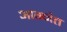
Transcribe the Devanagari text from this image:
आग्नेत